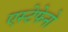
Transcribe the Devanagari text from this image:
एस्टेफेनो